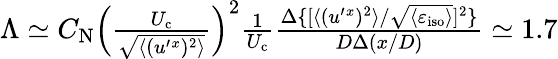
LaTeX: \begin{array}{r}{\Lambda\simeq C_{\textrm{N}}\left({\frac{U_{\textrm{c}}}{\sqrt{\langle{(u^{\prime}{}^{x})^{2}}\rangle}}}\right)^{2}\frac{1}{U_{\textrm{c}}}\frac{\Delta\{ [\langle{(u^{\prime}{}^{x})^{2}}\rangle/\sqrt{\langle{\varepsilon_{\textrm{iso}}}\rangle}]^{2}\} }{D\Delta(x/D)}\simeq 1.7}\end{array}